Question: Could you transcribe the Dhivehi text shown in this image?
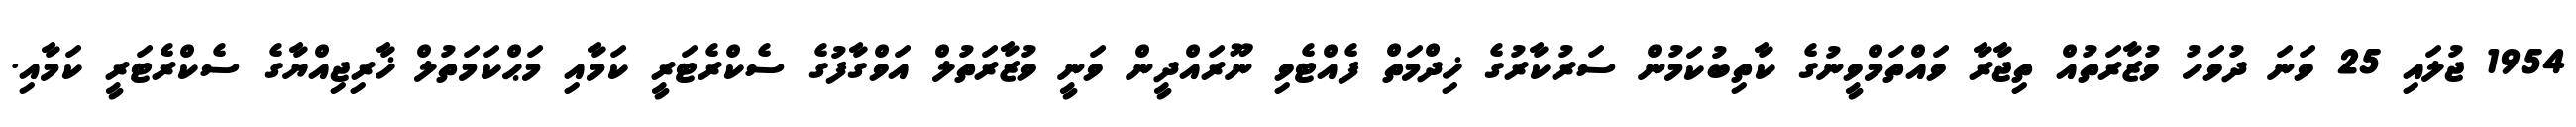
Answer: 1954 ޖުލައި 25 ވަނަ ދުވަހު ވުޒާރަތުއް ތިޖާރާ ވައްތަމްވީނުގެ ކާތިބުކަމުން ސަރުކާރުގެ ޚިދްމަތް ފެއްޓެވި ނޫރައްދީން ވަނީ ވުޒާރަތުލް އަވްގާފުގެ ސެކްރެޓަރީ ކަމާއި މަޙްކަމަތުލް ޚާރިޖިއްޔާގެ ސެކްރެޓަރީ ކަމާއި.